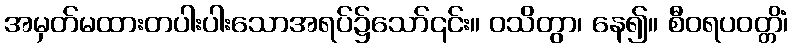
အမှတ်မထားတပါးပါးသောအရပ်၌သော်၎င်း။ ဝသိတွာ၊ နေ၍။ စီဝရပဝတ္တိံ၊